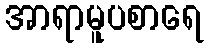
အာရာမူပစာရေ